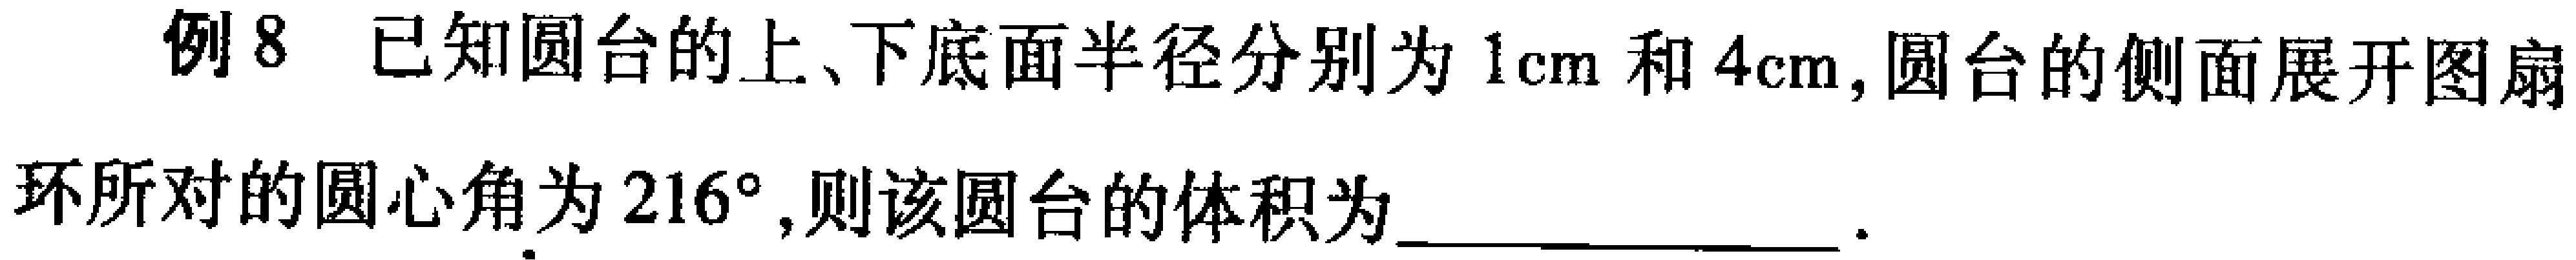
例8 已知圆台的上、下底面半径分别为\(1\text{cm}\)和\(4\text{cm}\), 圆台的侧面展开图扇
环所对的圆心角为\(216^{\circ}\), 则该圆台的体积为________________.